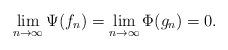
LaTeX: \begin{align*} \lim_{n\to\infty} \Psi(f_n) = \lim_{n\to\infty} \Phi(g_n) = 0. \end{align*}